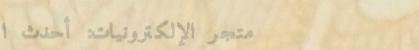
متجر الإلكترونيات: أحدث ا